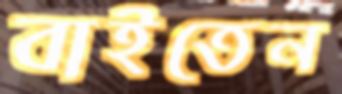
বাইতেন